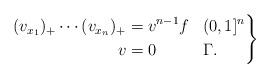
LaTeX: \begin{align*}\left.\begin{aligned}(v_{x_1})_+ \cdots (v_{x_n})_+ &= v^{n-1}f& & (0,1]^n\\v &=0& & \Gamma.\end{aligned}\right\}\end{align*}